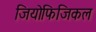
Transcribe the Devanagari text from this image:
जियोफिजिकल